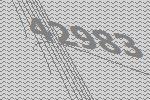
42983